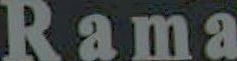
Rama